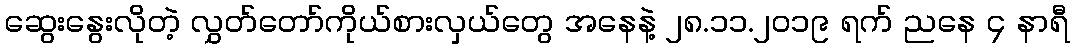
ဆွေးနွေးလိုတဲ့ လွှတ်တော်ကိုယ်စားလှယ်တွေ အနေနဲ့ ၂၈.၁၁.၂၀၁၉ ရက် ညနေ ၄ နာရီ